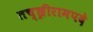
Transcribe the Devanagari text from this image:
तच्छ्रीरामपदे